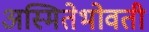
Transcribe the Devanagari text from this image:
अस्मितेभोवती